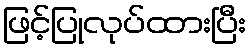
ဖြင့်ပြုလုပ်ထားပြီး